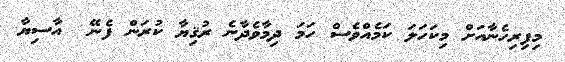
މިފިރިހެނާއަށް މިކަހަލަ ކަމެއްވެސް ހަމަ ދިމާވެދާނެ ރުޤިޔާ ކުރަން ފެނޭ  އާސިޔާ